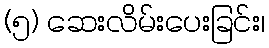
(၅) ဆေးလိမ်းပေးခြင်း၊